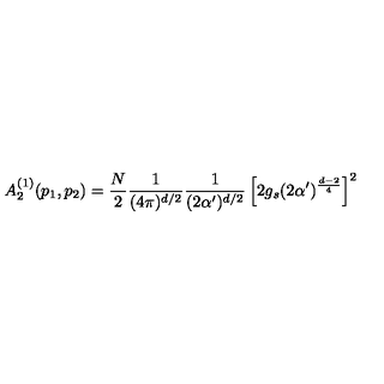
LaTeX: A _ { 2 } ^ { ( 1 ) } ( p _ { 1 } , p _ { 2 } ) = \frac { N } { 2 } \frac { 1 } { ( 4 \pi ) ^ { d / 2 } } \frac { 1 } { ( 2 \alpha ^ { \prime } ) ^ { d / 2 } } \left[ 2 g _ { s } ( 2 \alpha ^ { \prime } ) ^ { \frac { d - 2 } { 4 } } \right] ^ { 2 }